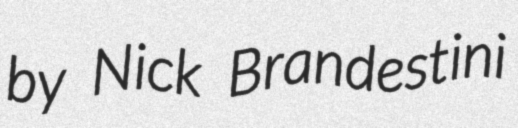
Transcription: by Nick Brandestini